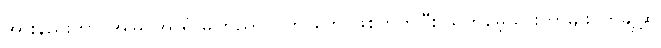
အားနည်းတာ၊ အမြင်အာရုံ မကြည်လင်တာတွေ ဖြစ်တတ်ပြီး သတိမေ့သွားတာမျိုး၊ တချို့ဆို